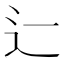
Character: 辷